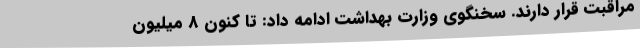
مراقبت قرار دارند. سخنگوی وزارت بهداشت ادامه داد: تا کنون 8 میلیون